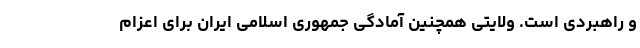
و راهبردی است. ولایتی همچنین آمادگی جمهوری اسلامی ایران برای اعزام